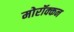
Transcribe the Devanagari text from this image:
मोरॉक्कन